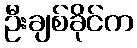
ဦးချစ်ခိုင်က